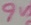
Text: 9V